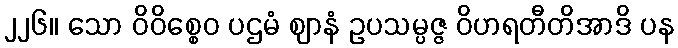
၂၂၆။ သော ဝိဝိစ္စေဝ ပဌမံ ဈာနံ ဥပသမ္ပဇ္ဇ ဝိဟရတီတိအာဒိ ပန